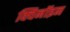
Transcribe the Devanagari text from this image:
क्विनॉइन